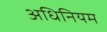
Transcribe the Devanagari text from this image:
अधिनियम